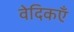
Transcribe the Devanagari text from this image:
वेदिकएँ